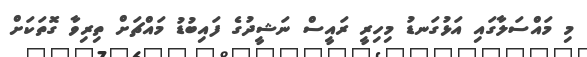
މި މައްސަލާގައި އަޅުގަނޑު މިހިރީ ރައީސް ނަޝީދުގެ ފައިބުޑު މައްޗަށް ތިރިވާ ގޮތަކަށް